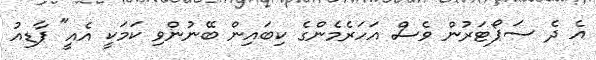
އެ ދެ ސަޕޯޓަރުން ވެސް އަހަރެމެންގެ ކިބައިން ބޭނުންވި ކަމަކީ އެއީ" ޕާޑިއު